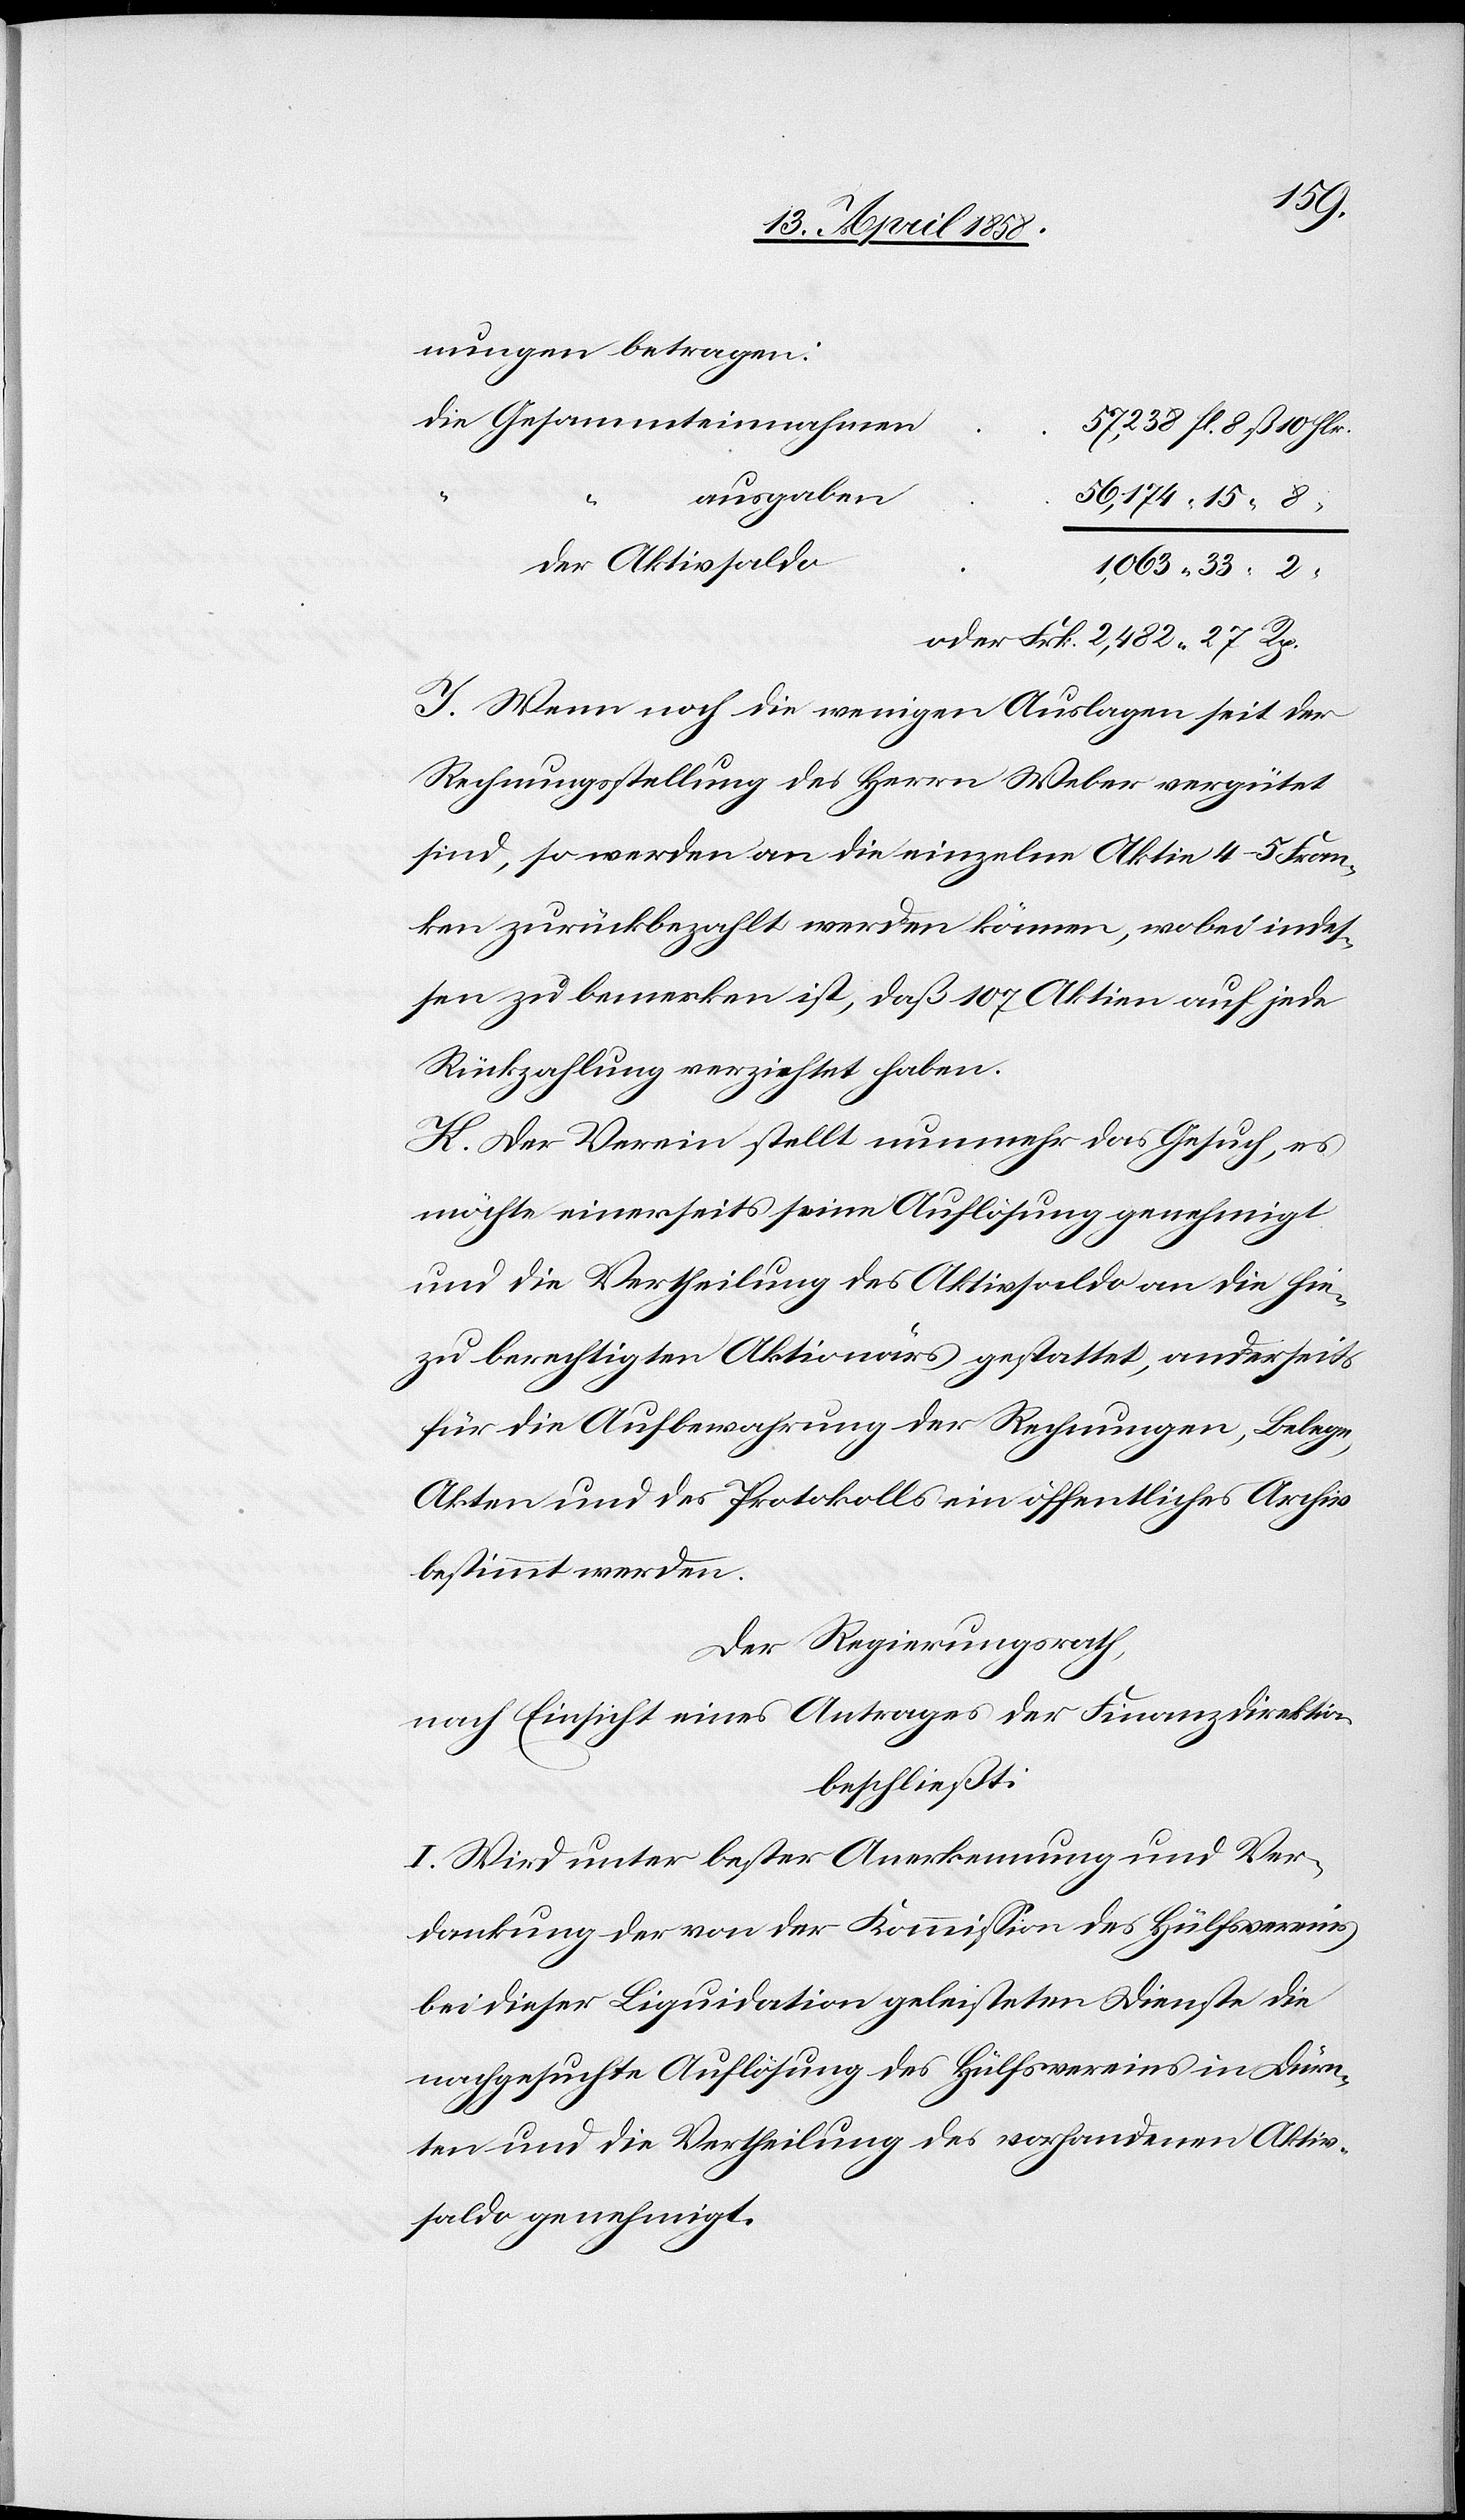
nungen betragen:
15
ausgaben
2
Der Aktivsaldo
J. Wenn noch die wenigen Auslagen seit der
Rechungsstellung des Herrn Weber vergütet
sind, so werden an die einzelne Aktie 4–5 Fran¬
ken zurückbezahlt werden können, wobei indes¬
sen zu bemerken ist, daß 107 Aktiven auf
Rückzahlung verzichtet haben.
K. Der Verein stellt nunmehr das Gesuch, es
möchte einerseits seine Auflösung genehmigt
und die Vertheilung des Aktivsaldo an die hie¬
sige berechtigten Aktionärs gestattet, anderseits
für die Aufbewahrung der Rechnungen, Belege,
Akten und der Protokolls ein öffentliches Archiv
bestimmt werden.
Der Regierungsrath,
nach Einsicht eines Antrages der Finanzdirektion
beschließt:
I. Wird unter bester Anerkennung und Ver¬
dankung der von der Kommission des Hülfsvereins
bei dieser Liquidation geleisteten Dienste die
nachgesuchte Auflösung des Hülfsvereins in Dürn¬
ten und die Vertheilung des vorhandenen Aktiv¬
saldo genehmigt.